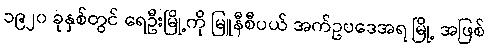
၁၉၂၀ ခုနှစ်တွင် ရေဦးမြို့ကို မြူနီစီပယ် အက်ဥပဒေအရ မြို့ အဖြစ်